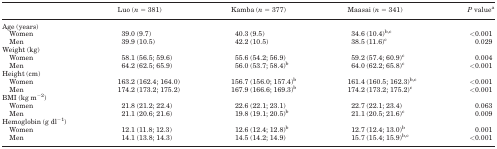
|  | Luo (n = 381) | Kamba (n = 377) | Maasai (n = 341) | P valuea |
 | --- | --- | --- | --- | --- |
 | Age (years) |  |  |  |  |
 | Women | 39.0 (9.7) | 40.3 (9.5) | 34.6 (10.4)b,c | <0.001 |
 | Men | 39.9 (10.5) | 42.2 (10.5) | 38.5 (11.6)c | 0.029 |
 | Weight (kg) |  |  |  |  |
 | Women | 58.1 (56.5; 59.6) | 55.6 (54.2; 56.9) | 59.2 (57.4; 60.9)c | 0.004 |
 | Men | 64.2 (62.5; 65.9) | 56.0 (53.7; 58.4)b | 64.0 (62.2; 65.8)c | <0.001 |
 | Height (cm) |  |  |  |  |
 | Women | 163.2 (162.4; 164.0) | 156.7 (156.0; 157.4)b | 161.4 (160.5; 162.3)b,c | <0.001 |
 | Men | 174.2 (173.2; 175.2) | 167.9 (166.6; 169.3)b | 174.2 (173.2; 175.2)c | <0.001 |
 | BMI (kg m−2) |  |  |  |  |
 | Women | 21.8 (21.2; 22.4) | 22.6 (22.1; 23.1) | 22.7 (22.1; 23.4) | 0.063 |
 | Men | 21.1 (20.6; 21.6) | 19.8 (19.1; 20.5)b | 21.1 (20.5; 21.6)c | 0.009 |
 | Hemoglobin (g dl−1) |  |  |  |  |
 | Women | 12.1 (11.8; 12.3) | 12.6 (12.4; 12.8)b | 12.7 (12.4; 13.0)b | 0.001 |
 | Men | 14.1 (13.8; 14.3) | 14.5 (14.2; 14.9) | 15.7 (15.4; 15.9)b,c | <0.001 |